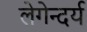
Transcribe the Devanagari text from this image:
लेगेन्दर्य